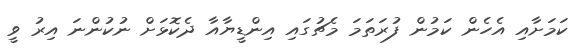
ކަމަށާއި އެހެން ކަމުން ފުރަތަމަ މެޗުގައި އިންޑީޔާއާ ދެކޮޅަށް ނުކުންނަ އިރު ވީ